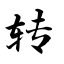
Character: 转